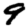
Digit: 9